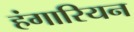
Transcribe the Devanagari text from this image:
हंगारियन